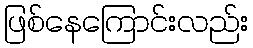
ဖြစ်နေကြောင်းလည်း